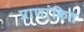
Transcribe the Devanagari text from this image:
प्राणांकित